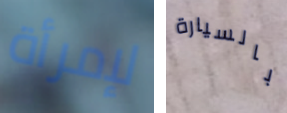
لإمرأة بالسيارة